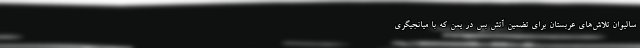
سالیوان تلاش‌های عربستان برای تضمین آتش بس در یمن که با میانجیگری